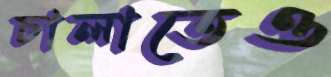
চালাতেও